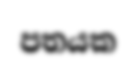
පතයක